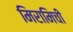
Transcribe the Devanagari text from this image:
मिरामिची